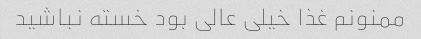
ممنونم غذا خیلی عالی بود خسته نباشید